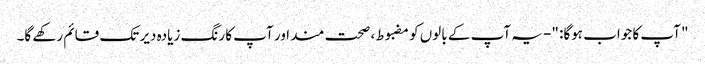
" آپ کا جواب ہوگا: "- یہ آپ کے بالوں کو مضبوط ، صحت مند اور آپ کا رنگ زیادہ دیر تک قائم رکھے گا۔